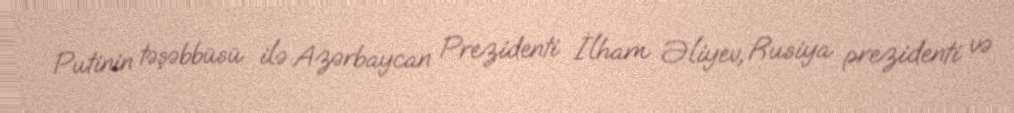
Putinin təşəbbüsü ilə Azərbaycan Prezidenti İlham Əliyev, Rusiya prezidenti və